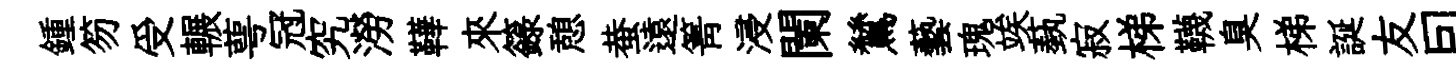
鍾笏受輾萼冠究澇鞾來籙憩蛬遠箐浸闌鷥藝瑰竢蓺寂梯韈臭梯誕友囙